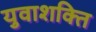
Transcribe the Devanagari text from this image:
युवाशक्‍ित